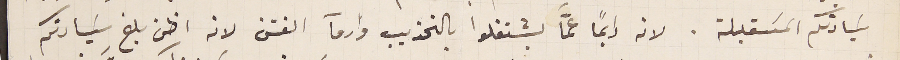
سَيادتكم المسَقبلة. لانه دايماً عمّا يشتغلوا بالتحذيب وارمآ الفتن لانه اظن بلغ سَيادتكم